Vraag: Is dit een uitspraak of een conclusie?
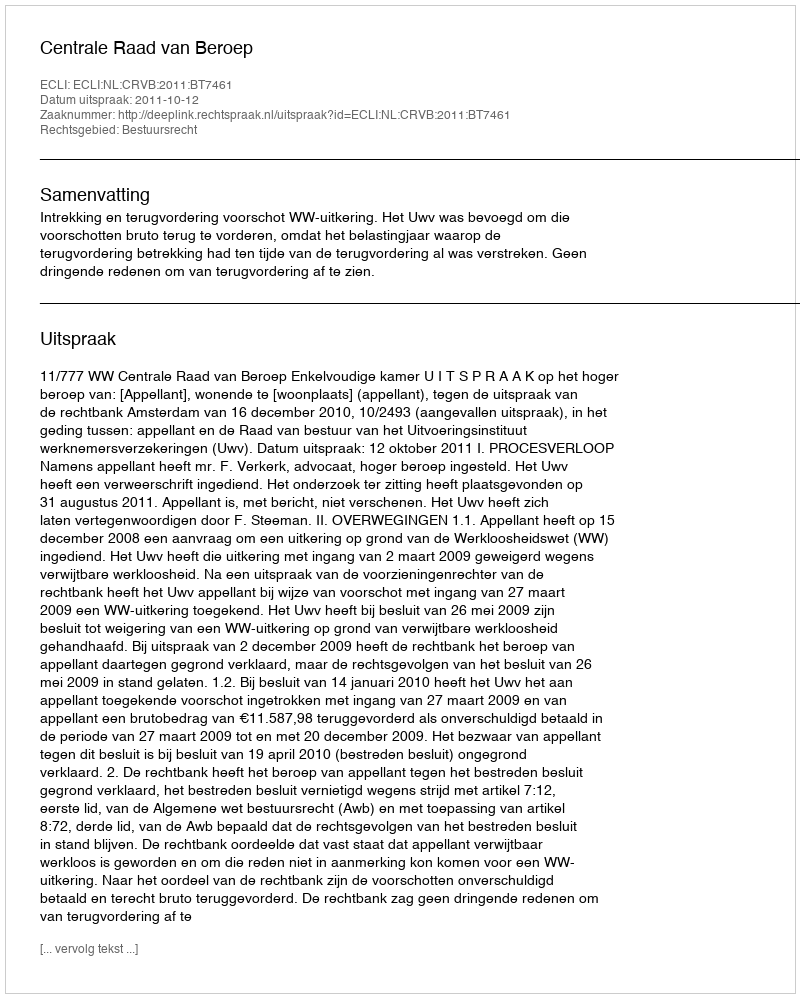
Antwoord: Uitspraak